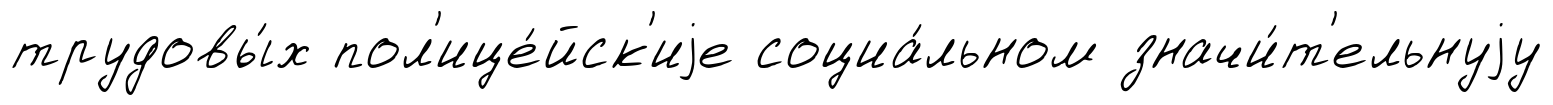
трудовы́х пол'ице́йск'иjе социа́льном значи́т'ельнуjу